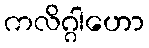
ကလိဂ္ဂါဟော